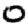
Digit: 0